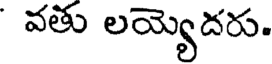
వతు లయ్యెదరు.